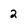
Character: 2